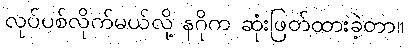
လုပ်ပစ်လိုက်မယ်လို့ နဂိုက ဆုံးဖြတ်ထားခဲ့တာ။